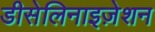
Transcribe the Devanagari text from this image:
डीसेलिनाइज़ेशन